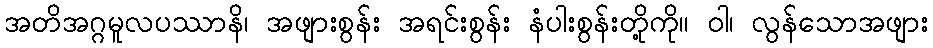
အတိအဂ္ဂမူလပဿာနိ၊ အဖျားစွန်း အရင်းစွန်း နံပါးစွန်းတို့ကို။ ဝါ၊ လွန်သောအဖျား